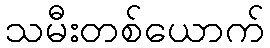
သမီးတစ်ယောက်